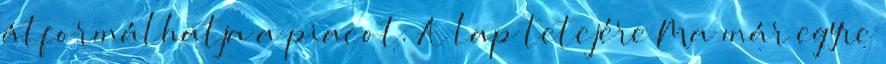
átformálhatja a piacot. A lap tetejére Ma már egyre